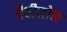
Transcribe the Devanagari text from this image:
बैबीलोन